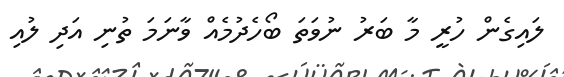
ލައިގެން ހުރީ މާ ބަރު ނުވަތަ ބޯހެދުމެއް ވާނަމަ ތުނި އަދި ލުއި